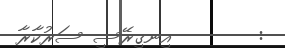
:        އިނގިރޭސި ސަރުކާރާ